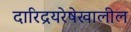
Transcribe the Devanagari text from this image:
दारिद्रयरेषेखालील